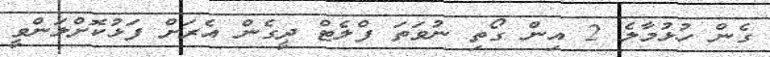
ގެން ހުޅުމާލެ 2 އިން ގޯތި ނުވަތަ ފްލެޓް ދީގެން އެރަށް ފަޅުކޮށްލަންވީ